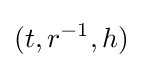
(t,r^{-1},h)